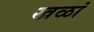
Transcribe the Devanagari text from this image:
खळां